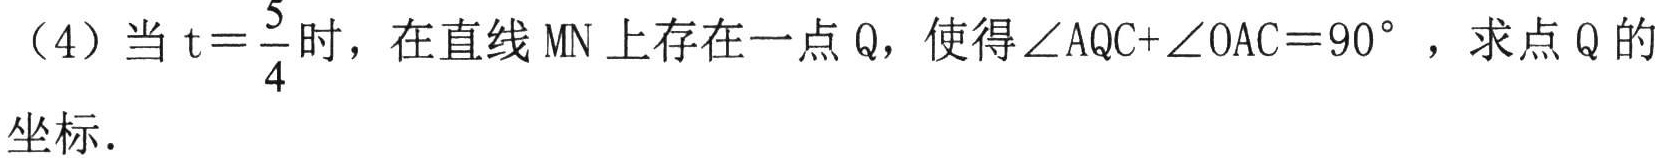
（4）当\(t = \frac{5}{4}\)时，在直线 \(MN\) 上存在一点 \(Q\)，使得\(\angle AQC+\angle OAC = 90^{\circ}\)，求点 \(Q\) 的坐标．